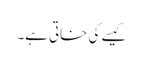
کیسے کی خاتی ہے۔